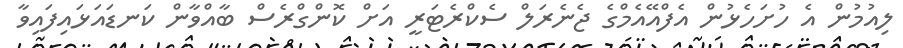
ލިއުމުން އެ ހުށަހެޅުން އެފްއޭއެމްގެ ޖެނެރަލް ސެކްރެޓަރީ އަށް ކޮންގްރެސް ބާއްވާން ކަނޑައަޅައިފައިވާ